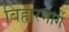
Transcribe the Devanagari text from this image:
बिहारमार्गे